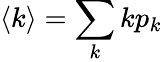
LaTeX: \langle k\rangle=\sum_{k}kp_{k}